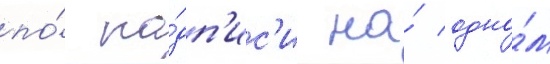
по́ на́дп'ис'и на́ одно́м